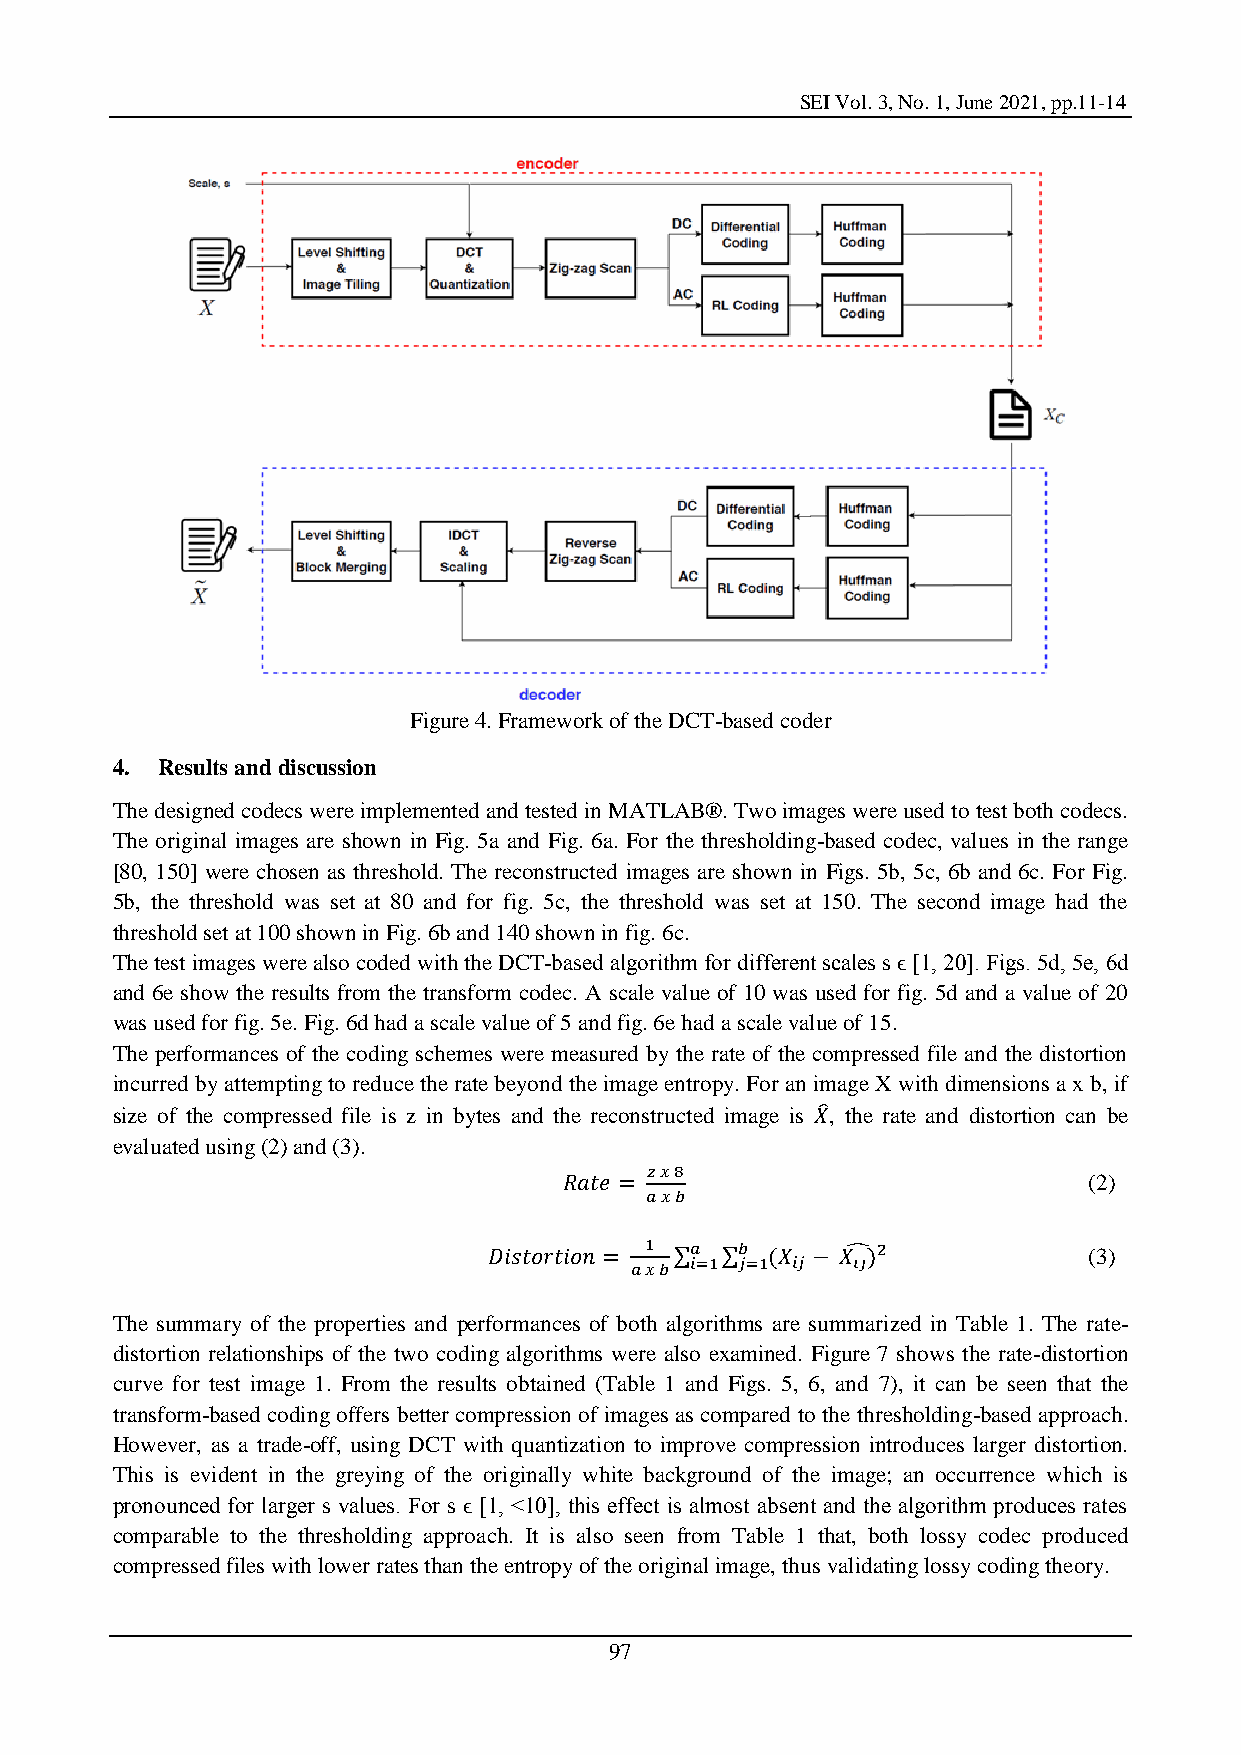
SEI Vol. 3, No. 1, June 2021, pp.11-14
 Figure 4. Framework of the DCT-based coder
 4. Results and discussion
 The designed codecs were implemented and tested in MATLAB®. Two images were used to test both codecs.
 The original images are shown in Fig. 5a and Fig. 6a. For the thresholding-based codec, values in the range
 [80, 150] were chosen as threshold. The reconstructed images are shown in Figs. 5b, 5c, 6b and 6c. For Fig.
 5b, the threshold was set at 80 and for fig. 5c, the threshold was set at 150. The second image had the
 threshold set at 100 shown in Fig. 6b and 140 shown in fig. 6c.
 The test images were also coded with the DCT-based algorithm for different scales s ϵ [1, 20]. Figs. 5d, 5e, 6d
 and 6e show the results from the transform codec. A scale value of 10 was used for fig. 5d and a value of 20
 was used for fig. 5e. Fig. 6d had a scale value of 5 and fig. 6e had a scale value of 15.
 The performances of the coding schemes were measured by the rate of the compressed file and the distortion
 incurred by attempting to reduce the rate beyond the image entropy. For an image X with dimensions a x b, if
 size of the compressed file is z in bytes and the reconstructed image is , the rate and distortion can be
 evaluated using (2) and (3).
 (2)
 (3)
 The summary of the properties and performances of both algorithms are summarized in Table 1. The rate-
 distortion relationships of the two coding algorithms were also examined. Figure 7 shows the rate-distortion
 curve for test image 1. From the results obtained (Table 1 and Figs. 5, 6, and 7), it can be seen that the
 transform-based coding offers better compression of images as compared to the thresholding-based approach.
 However, as a trade-off, using DCT with quantization to improve compression introduces larger distortion.
 This is evident in the greying of the originally white background of the image; an occurrence which is
 pronounced for larger s values. For s ϵ [1, <10], this effect is almost absent and the algorithm produces rates
 comparable to the thresholding approach. It is also seen from Table 1 that, both lossy codec produced
 compressed files with lower rates than the entropy of the original image, thus validating lossy coding theory.
 97